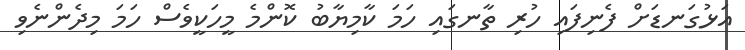
އަޅުގަނޑަށް ފެނިފައި ހުރި ތާނގައި ހަމަ ކާމިޔާބު ކޮންމެ މީހަކީވެސް ހަމަ މިދެންނެވި